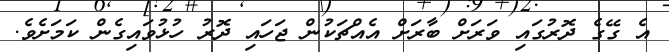
އެ ގޭގެ ދޮރުގައި ވަރަށް ބާރަށް އެއްޗަކުން ޖަހައި ދޮރު ހުޅުވައިގެން ކަމަށެވެ.